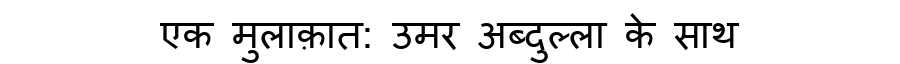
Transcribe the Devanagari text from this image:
एक मुलाक़ात: उमर अब्दुल्ला के साथ